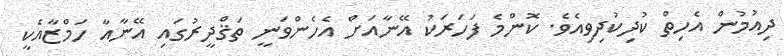
ދިއުމުން އެހިތް ކުދިކުދިވިއެވެ. ކޮންމެ ފަހަރަކު އޭނާއަށް އެހެންވަނީ ތަޤްދީރުގައި އޭނާއާ ހަމްޒާއެކީ